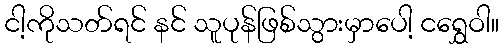
ငါ့ကိုသတ်ရင် နင် သူပုန်ဖြစ်သွားမှာပေါ့ ငရွှေဝါ။